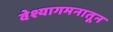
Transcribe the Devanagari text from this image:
वेश्यागमनातून